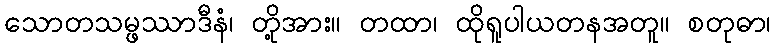
သောတသမ္ဖဿာဒီနံ၊ တို့အား။ တထာ၊ ထိုရူပါယတနအတူ။ စတုဓာ၊